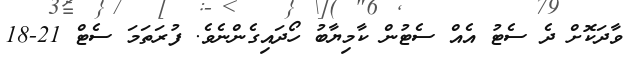
ވާދަކޮށް ދެ ސެޓު އެއް ސެޓުން ކާމިޔާބު ހޯދައިގެންނެވެ. ފުރަތަމަ ސެޓް 21-18